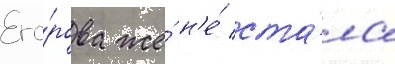
Его́рова же́ н'е́ ста́ла